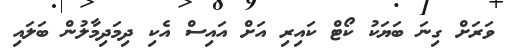
ވަރަށް ގިނަ ބަޔަކު ކޯޓް ކައިރި އަށް އައިސް އެކި ދިމަދިމާލުން ބަލައި